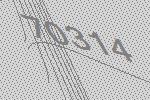
70314